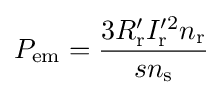
P_{\text{em}}={\frac {3R_{\text{r}}'I_{\text{r}}^{\prime 2}n_{\text{r}}}{sn_{\text{s}}}}